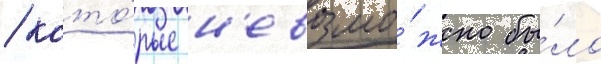
/ кото́рые н'евозмо́жно бы́ло